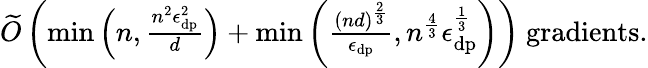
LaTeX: \begin{array}{r}{\widetilde{O}\left(\operatorname*{min}\left(n,\frac{n^{2}\epsilon_{\textup{dp}}^{2}}{d}\right)+\operatorname*{min}\left(\frac{(nd)^{\frac 23}}{\epsilon_{\textup{dp}}},n^{\frac 43}\epsilon_{\textup{dp}}^{\frac 13}\right)\right)\mathrm{~gradients.}}\end{array}